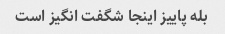
بله پاییز اینجا شگفت انگیز است